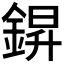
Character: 𮢆